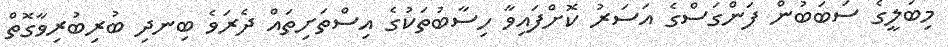
މިބަލީގެ ސަބަބުން ފަންގަސްގެ އަސަރު ކޮށްފައިވާ ހިސާބުތަކުގެ އިސްތަށިތައް ދެރަވެ ބިނދި ބުރިބުރިވާގޮތް